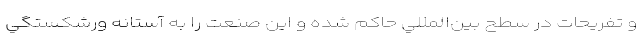
و تفريحات در سطح بين‌المللي حاكم شده و اين صنعت را به آستانه ورشكستگي